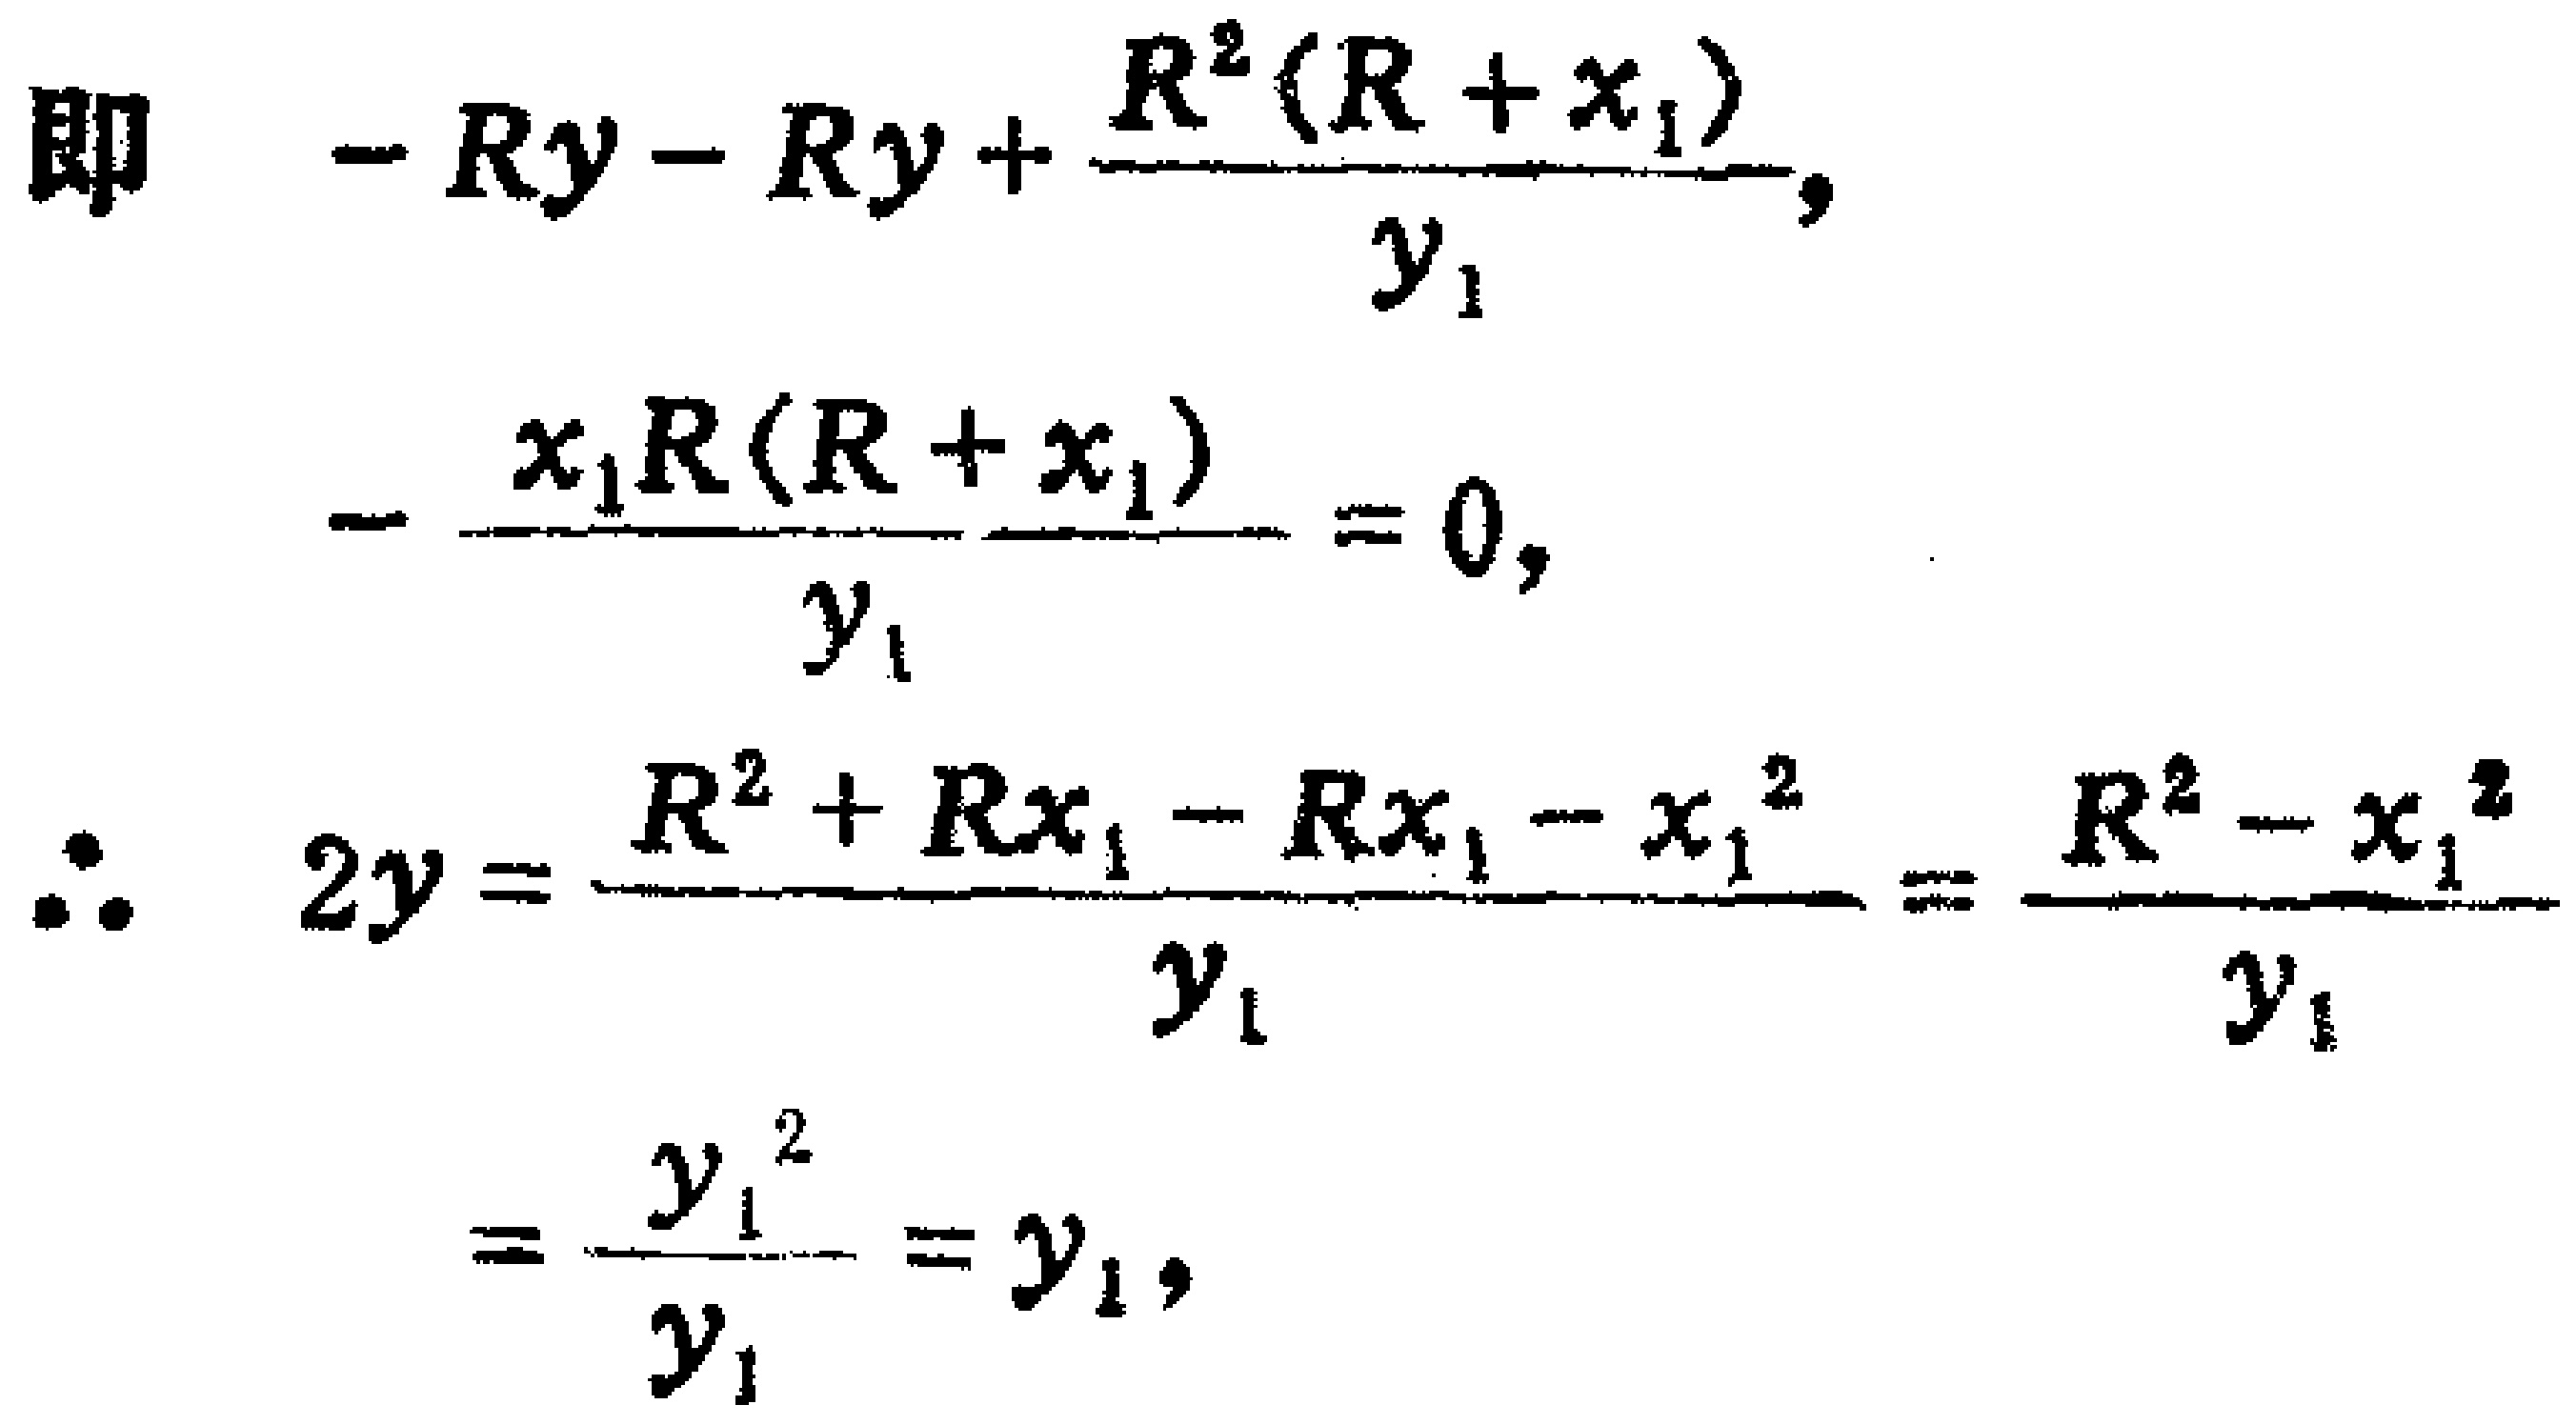
即 \(- Ry - Ry+\frac{R^{2}(R + x_{1})}{y_{1}},\)
\(-\frac{x_{1}R(R + x_{1})}{y_{1}} = 0,\)
\(\therefore 2y=\frac{R^{2}+Rx_{1}-Rx_{1}-x_{1}^{2}}{y_{1}}=\frac{R^{2}-x_{1}^{2}}{y_{1}}\)
\(=\frac{y_{1}^{2}}{y_{1}}=y_{1},\)